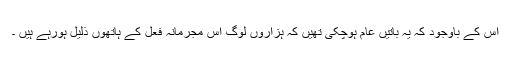
اس کے باوجود کہ یہ باتیں عام ہوچکی تھیں کہ ہزاروں لوگ اس مجرمانہ فعل کے ہاتھوں ذلیل ہورہے ہیں ۔